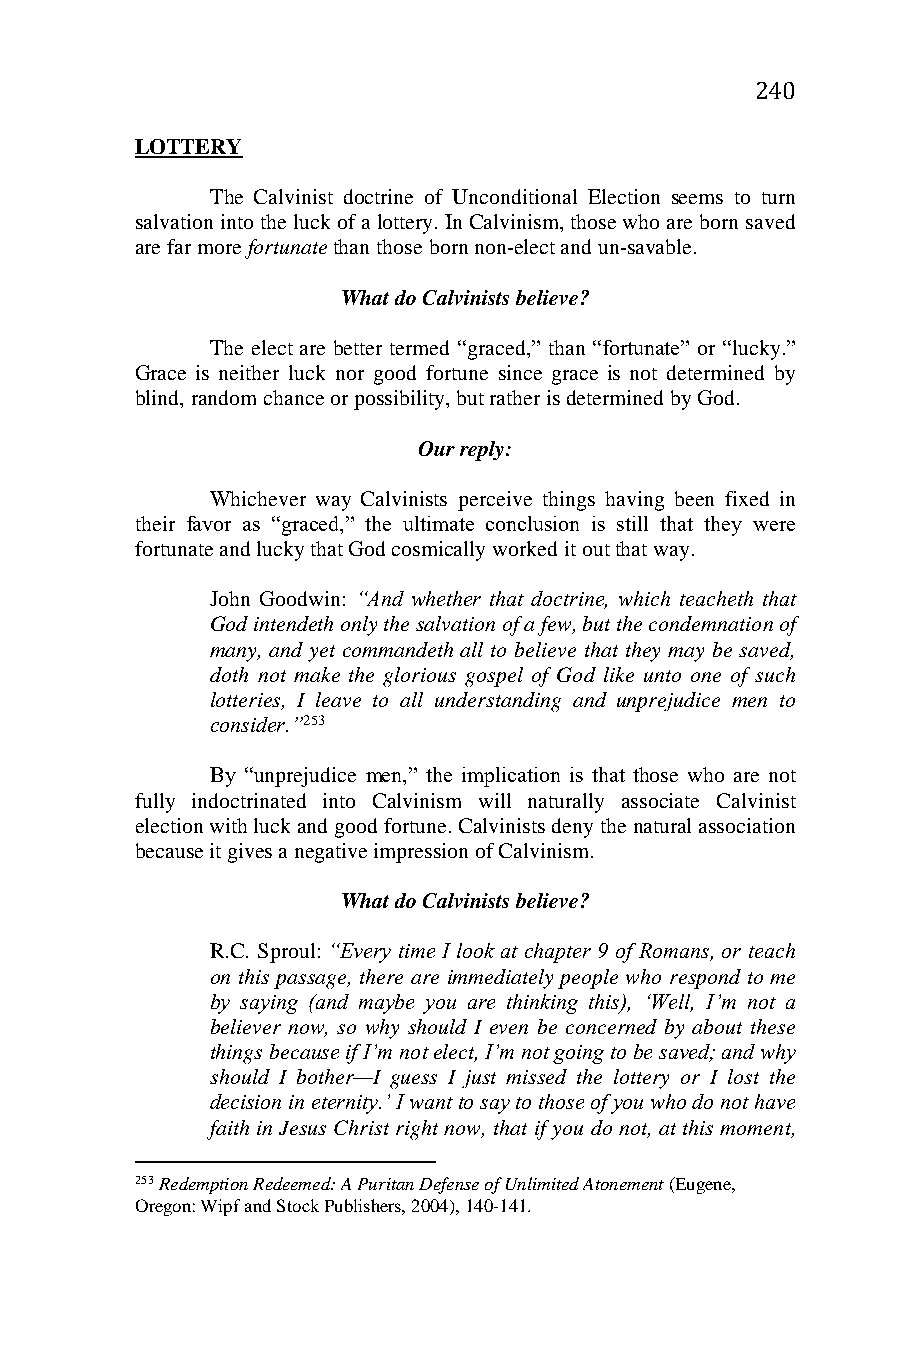
240
 LOTTERY
 The Calvinist doctrine of Unconditional Election seems to turn
 salvation into the luck of a lottery. In Calvinism, those who are born saved
 are far more fortunate than those born non-elect and un-savable.
 What do Calvinists believe?
 The elect are better termed “graced,” than “fortunate” or “lucky.”
 Grace is neither luck nor good fortune since grace is not determined by
 blind, random chance or possibility, but rather is determined by God.
 Our reply:
 Whichever way Calvinists perceive things having been fixed in
 their favor as “graced,” the ultimate conclusion is still that they were
 fortunate and lucky that God cosmically worked it out that way.
 John Goodwin: “And whether that doctrine, which teacheth that
 God intendeth only the salvation of a few, but the condemnation of
 many, and yet commandeth all to believe that they may be saved,
 doth not make the glorious gospel of God like unto one of such
 lotteries, I leave to all understanding and unprejudice men to
 consider.”253
 By “unprejudice men,” the implication is that those who are not
 fully indoctrinated into Calvinism will naturally associate Calvinist
 election with luck and good fortune. Calvinists deny the natural association
 because it gives a negative impression of Calvinism.
 What do Calvinists believe?
 R.C. Sproul: “Every time I look at chapter 9 of Romans, or teach
 on this passage, there are immediately people who respond to me
 by saying (and maybe you are thinking this), ‘Well, I’m not a
 believer now, so why should I even be concerned by about these
 things because if I’m not elect, I’m not going to be saved; and why
 should I bother—I guess I just missed the lottery or I lost the
 decision in eternity.’ I want to say to those of you who do not have
 faith in Jesus Christ right now, that if you do not, at this moment,
 253 Redemption Redeemed: A Puritan Defense of Unlimited Atonement (Eugene,
 Oregon: Wipf and Stock Publishers, 2004), 140-141.